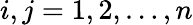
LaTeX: i,j=1,2,\dots,n